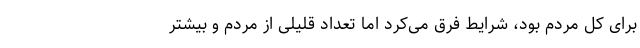
برای کل مردم بود، شرایط فرق می‌کرد اما تعداد قلیلی از مردم و بیشتر